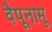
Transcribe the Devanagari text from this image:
वैपूनामू